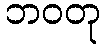
ဘဝတု